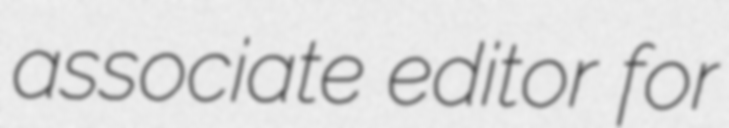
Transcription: associate editor for